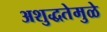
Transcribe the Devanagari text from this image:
अशुद्धतेमुळे